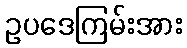
ဥပဒေကြမ်းအား